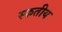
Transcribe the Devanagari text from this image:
स्फतीय